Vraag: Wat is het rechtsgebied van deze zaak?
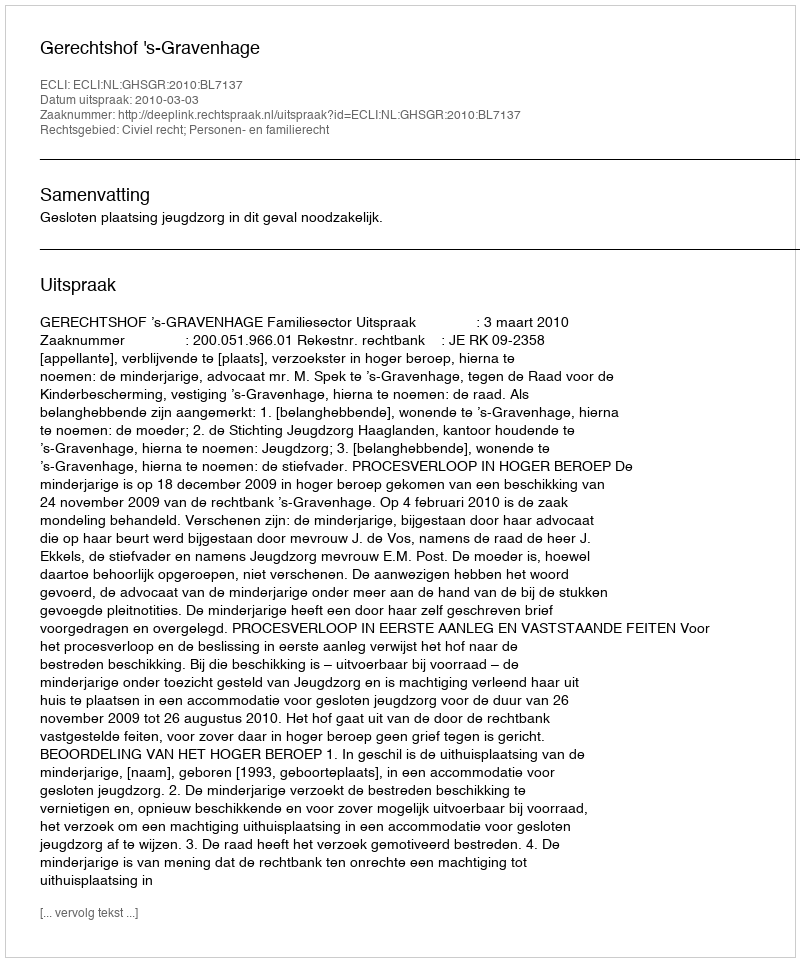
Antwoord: Civiel recht; Personen- en familierecht